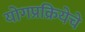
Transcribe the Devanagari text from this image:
योगप्रक्रियेचे